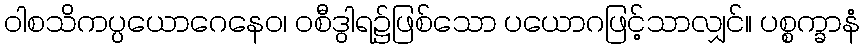
ဝါစသိကပ္ပယောဂေနေဝ၊ ဝစီဒွါရ၌ဖြစ်သော ပယောဂဖြင့်သာလျှင်။ ပစ္စက္ခာနံ